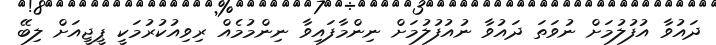
ދައުވާ އުފުލުމަށް ނުވަތަ ދައުވާ ނުއުފުލުމަށް ނިންމާފައިވާ ނިންމުމެއް ރިވިއުކުރުމަކީ ޕީޖީއަށް ލިބޭ